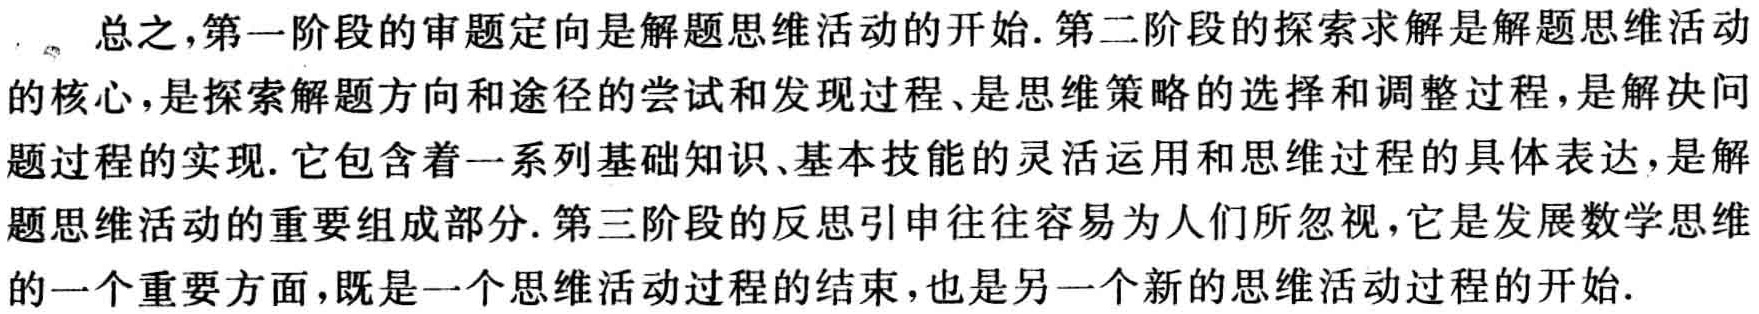
总之，第一阶段的审题定向是解题思维活动的开始. 第二阶段的探索求解是解题思维活动的核心，是探索解题方向和途径的尝试和发现过程、是思维策略的选择和调整过程，是解决问题过程的实现. 它包含着一系列基础知识、基本技能的灵活运用和思维过程的具体表达，是解题思维活动的重要组成部分. 第三阶段的反思引申往往容易为人们所忽视，它是发展数学思维的一个重要方面，既是一个思维活动过程的结束，也是另一个新的思维活动过程的开始.